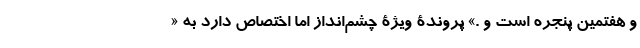
و هفتمین پنجره است و .» پروندۀ ویژۀ چشم‌انداز اما اختصاص دارد به «